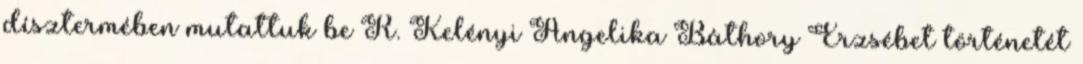
dísztermében mutattuk be R. Kelényi Angelika Báthory Erzsébet történetét